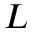
L